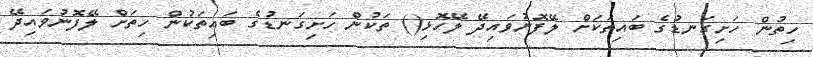
ހިތުން ހަށިގަނޑުގެ ބައިތަކަށް ލޭފޮނުވައިދޭ ލޭހޮޅި() ތަކުން ހަށިގަނޑުގެ ބައިތަކުން ހިތަށް ލޭފޮނުވައިދޭ